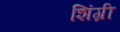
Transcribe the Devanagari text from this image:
शिंग्री